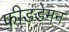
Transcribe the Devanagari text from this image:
फीडडेमन